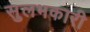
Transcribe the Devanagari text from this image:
सुलभकारी